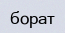
борат